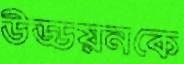
উড্ডয়নকে